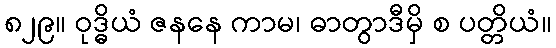
၈၂၉။ ဝုဒ္ဓိယံ ဇနနေ ကာမ၊ ဓာတွာဒီမှိ စ ပတ္တိယံ။